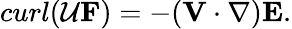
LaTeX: curl({\cal U}{\mathbf F})=-({\mathbf V}\cdot\nabla){\mathbf E}.